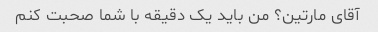
آقای مارتین؟ من باید یک دقیقه با شما صحبت کنم